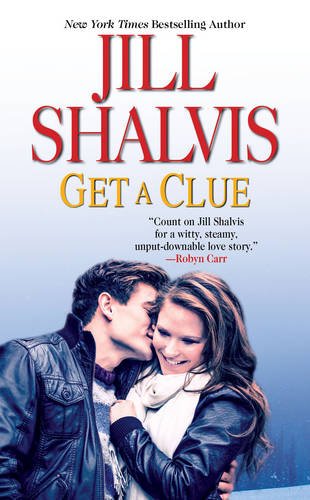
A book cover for Get A Clue; Jill Shalvis; Mystery, Thriller & Suspense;